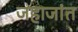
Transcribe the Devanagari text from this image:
जहाजांत